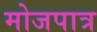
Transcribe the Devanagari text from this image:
मोजपात्र